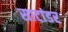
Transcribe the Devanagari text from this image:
साटांडर